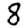
Digit: 8